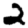
Digit: 2